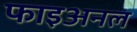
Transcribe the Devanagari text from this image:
फाइअनल